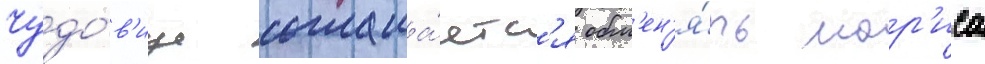
Чудо́в'ище соглаша́етс'я обм'ен'я́ть мор'иса